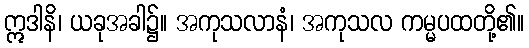
ဣဒါနိ၊ ယခုအခါ၌။ အကုသလာနံ၊ အကုသလ ကမ္မပထတို့၏။